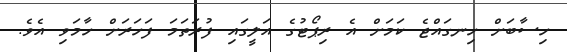
ހިސާބަށް ހިނގައްޖެ ކަމަށް އެ ރިޕޯޓުގެ އަލީގައި ފުރަތަމަ ފަހަރަށް ހާމަވި އެވެ.